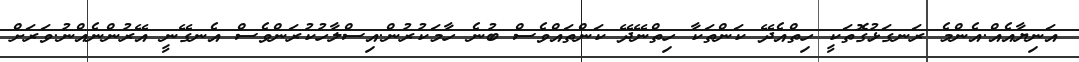
އަނިޔާއެއް.އެންމެ ރަނގަޅުގޮތަކީ ހިތްއެދޭ ކަންތަކާ ހިތްނޭދޭ ކަންތައްވެސް ބުނެ ހާމަކުރުން.އިސްލާހުކުރަންވެސް އެނގޭނީ އޭރުންނެއްނު.ވަރަށް